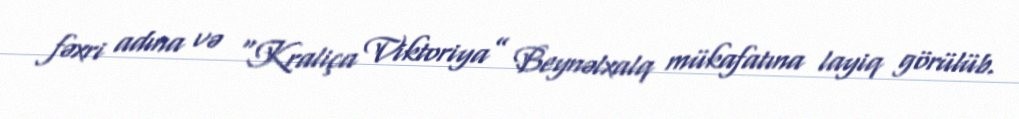
fəxri adına və “Kraliça Viktoriya” Beynəlxalq mükafatına layiq görülüb.